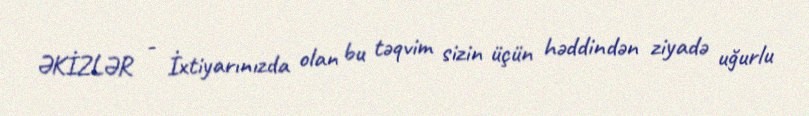
ƏKİZLƏR - İxtiyarınızda olan bu təqvim sizin üçün həddindən ziyadə uğurlu